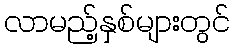
လာမည့်နှစ်များတွင်